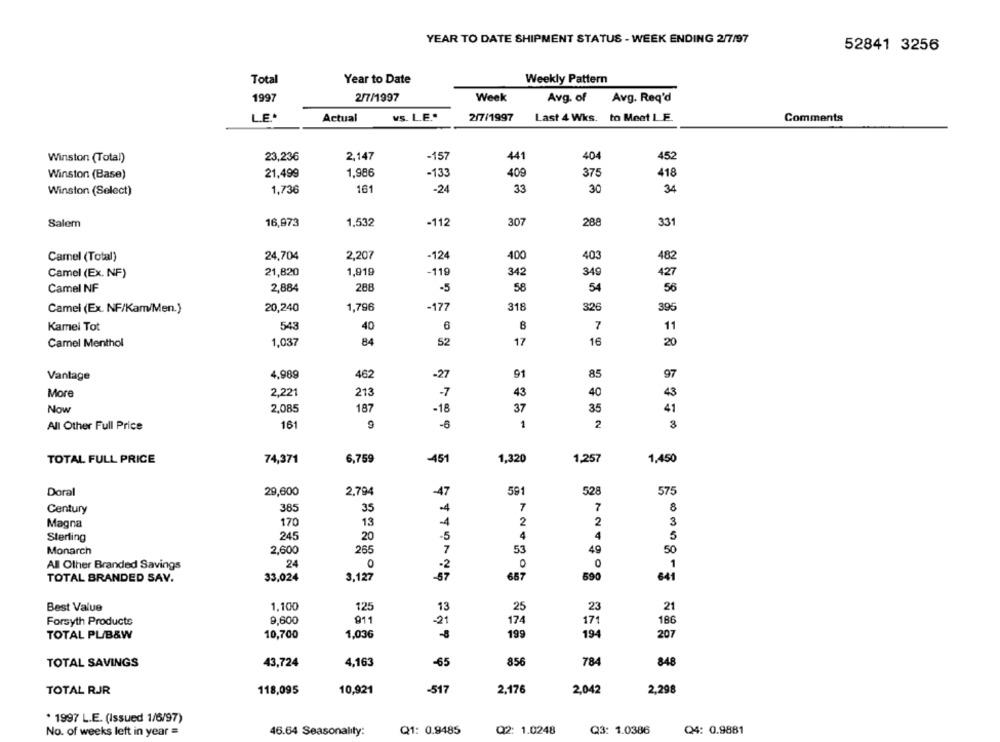
YEAR TO DATE SHIPMENT STATUS - WEEK ENDING 2/7/97
52841 3256
Total
Year to Date
Weekly Pattern
1997
2/7/1997
Week
Avg. of
Avg. Req'd
L.E .*
Actual
VS. L.E .*
2/7/1997
Last 4 Wks. to Meet LE.
Comments
2,147
-157
441
404
Winston (Total)
23,236
452
Winston (Base)
21,499
1,98€
-133
409
375
418
Winston (Select)
1,736
161
- 24
33
30
34
16,973
1,532
-112
307
288
331
Salem
Camel (Total)
24,704
2,207
-12
400
403
482
Camel (Ex. NF)
21,820
1,919
-119
342
349
427
Camel NF
2,884
288
-5
58
54
56
Camel (Ex. NF/Kam/Men.)
20,240
1,796
-177
318
326
395
Kamel Tot
543
40
8
7
11
84
52
17
16
Camel Menthol
1,037
20
Vantage
4,989
462
-27
91
85
97
More
2,221
213
-7
43
40
43
Now
2,085
187
-18
37
35
41
-6
1
2
8
All Other Full Price
161
TOTAL FULL PRICE
74,371
6,759
-451
1,320
1,257
1,450
591
528
Doral
29,600
2.794
-47
575
Century
385
35
-4
7
7
8
Magna
170
13
-4
2
2
3
245
4
4
Sterling
20
-5
5
2,600
265
53
49
Monarch
7
50
24
-2
0
0
1
All Other Branded Savings
TOTAL BRANDED SAV.
33,024
3,127
-67
667
590
641
Best Value
1.100
125
13
25
23
21
Forsyth Products
9,600
911
-21
174
171
186
TOTAL PL/B&W
10,700
1,036
199
194
207
856
TOTAL SAVINGS
43,724
4,163
-65
784
848
TOTAL RJR
118,095
10,921
-517
2,176
2,042
2,298
. 1997 L.E. (Issued 1/6/97)
No. of weeks left in year =
46.64 Seasonality:
Q1: 0.9485
Q2: 1.0248
Q3: 1.0386
Q4: 0.9881